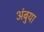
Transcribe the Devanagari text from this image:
अंबुया